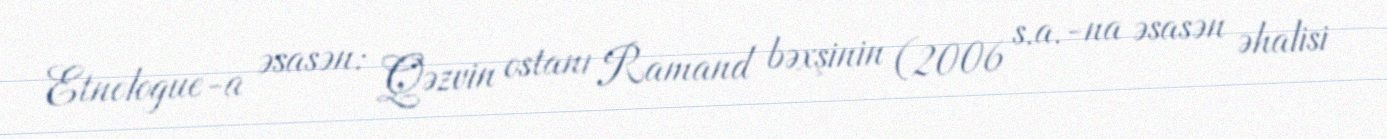
Etnologue-a əsasən: Qəzvin ostanı Ramand bəxşinin (2006 s.a.-na əsasən əhalisi